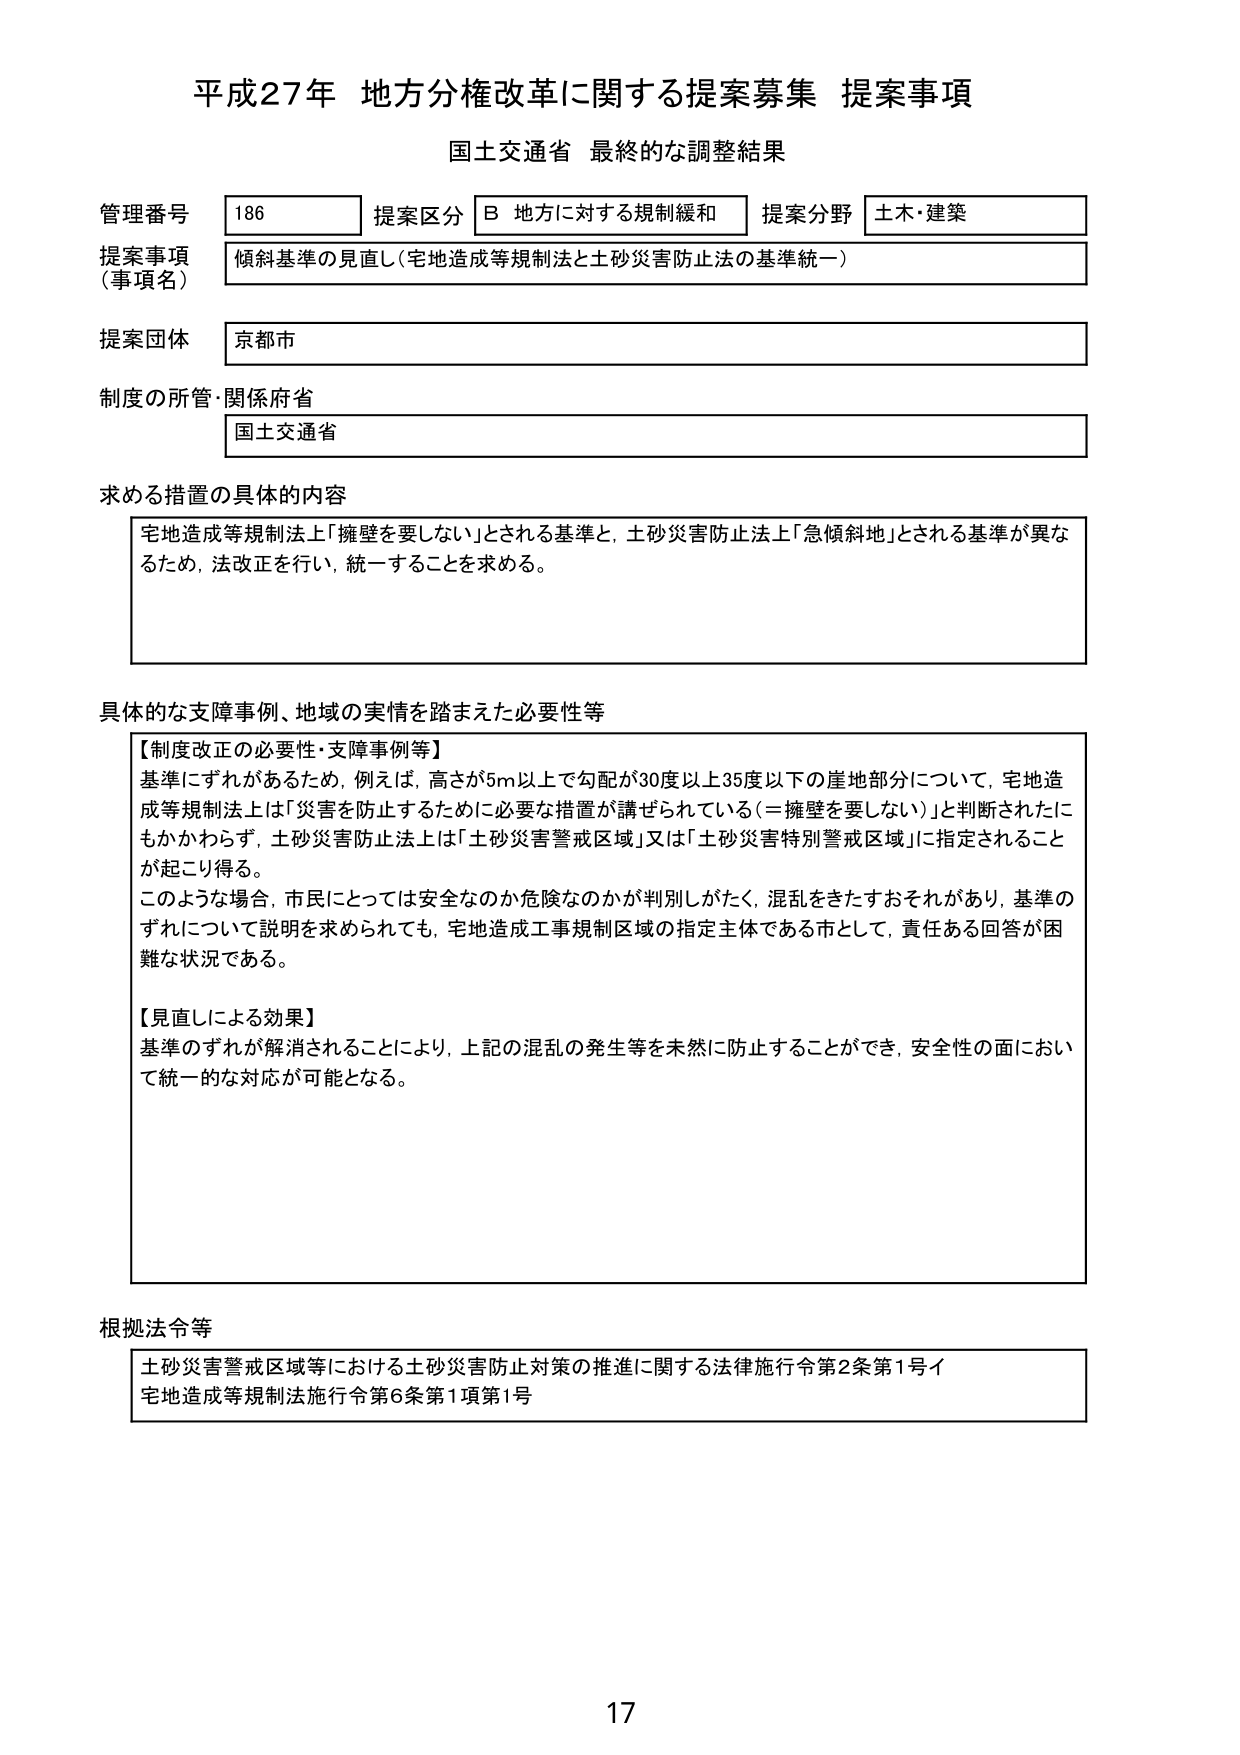
平成27年 地方分権改革に関する提案募集 提案事項
国土交通省 最終的な調整結果

管理番号 186 提案区分 B 地方に対する規制緩和 提案分野 土木・建築
提案事項（事項名） 傾斜基準の見直し（宅地造成等規制法と土砂災害防止法の基準統一）
提案団体 京都市
制度の所管・関係府省 国土交通省

求める措置の具体的な内容
宅地造成等規制法上「擁壁を要しない」とされる基準と、土砂災害防止法上「急傾斜地」とされる基準が異なるため、法改正を行い、統一することを求める。

具体的な支障事例、地域の実情を踏まえた必要性等
【制度改正の必要性・支障事例等】
基準にずれがあるため、例えば、高さが5m以上で勾配が30度以上35度以下の崖地部分について、宅地造成等規制法上は「災害を防止するために必要な措置が講ぜられている（＝擁壁を要しない）」と判断されたにもかかわらず、土砂災害防止法上は「土砂災害警戒区域」又は「土砂災害特別警戒区域」に指定されることが起こり得る。
このような場合、市民にとっては安全なのか危険なのかが判別しがたく、混乱をきたすおそれがあり、基準のずれについて説明を求められても、宅地造成工事規制区域の指定主体である市として、責任ある回答が困難な状況である。

【見直しによる効果】
基準のずれが解消されることにより、上記の混乱の発生等を未然に防止することができ、安全性の面において統一的な対応が可能となる。

根拠法令等
土砂災害警戒区域等における土砂災害防止対策の推進に関する法律施行令第2条第1号イ
宅地造成等規制法施行令第6条第1項第1号

17